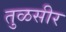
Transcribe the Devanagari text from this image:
तुळसीर